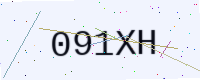
Text: 091XH